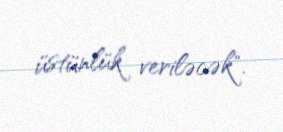
üstünlük veriləcək".